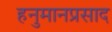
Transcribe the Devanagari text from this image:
हनुमानप्रसाद